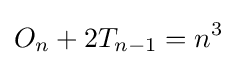
O_{n}+2T_{n-1}=n^{3}